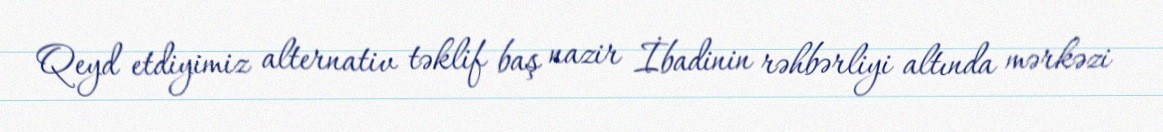
Qeyd etdiyimiz alternativ təklif baş nazir İbadinin rəhbərliyi altında mərkəzi